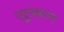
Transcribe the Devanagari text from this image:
एट्रुस्कान